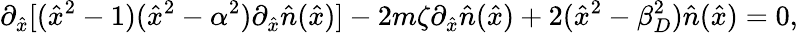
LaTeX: \partial_{\hat{x}}[(\hat{x}^{2}-1)(\hat{x}^{2}-\alpha^{2})\partial_{\hat{x}}\hat{n}(\hat{x})]-2m\zeta\partial_{\hat{x}}\hat{n}(\hat{x})+2(\hat{x}^{2}-\beta_{D}^{2})\hat{n}(\hat{x})=0,